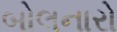
બોલનારો